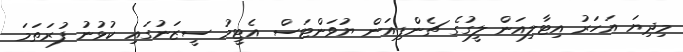
މިދިޔަ އަހަރު އިޓާލިއަން ލީގުގެ ޗެންޕިއަން ޔުވަންޓަސް އެޓީމު ސީޒަނުގައި ކުޅުނު ފުރަތަމަ